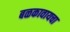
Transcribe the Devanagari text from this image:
बळकावायचा